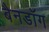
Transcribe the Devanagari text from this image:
बैनडॉग